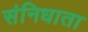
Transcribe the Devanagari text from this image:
संनिधाता